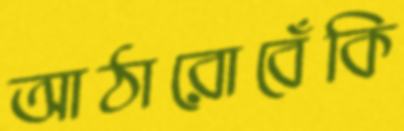
আঠারোবেঁকি